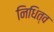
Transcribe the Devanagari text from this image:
निधित्व